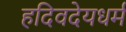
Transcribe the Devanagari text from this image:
हदिवदेयधर्म